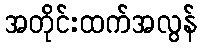
အတိုင်းထက်အလွန်